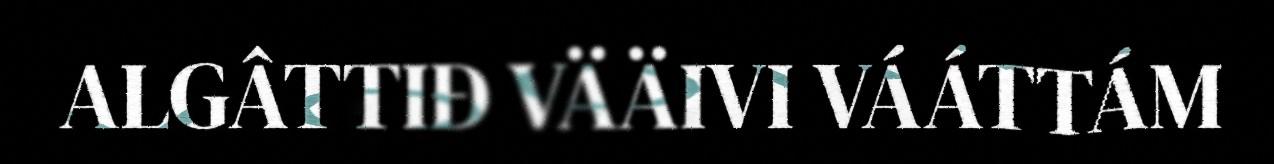
ALGÂTTIĐ VÄÄIVI VÁÁTTÁM